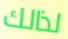
لذالك